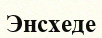
Энсхеде